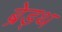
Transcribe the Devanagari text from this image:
ब्रेड्थ